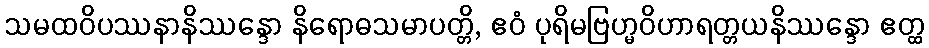
သမထဝိပဿနာနိဿန္ဒော နိရောဓသမာပတ္တိ, ဧဝံ ပုရိမဗြဟ္မဝိဟာရတ္တယနိဿန္ဒော ဧတ္ထ